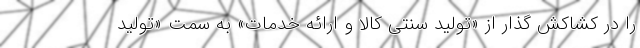
را در کشاکش گذار از «تولید سنتی کالا و ارائه خدمات» به سمت «تولید